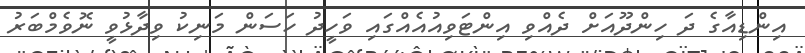
އިންޑިއާގެ ދަ ހިންދޫއަށް ދެއްވި އިންޓަވިއުއެއްގައި ވަހީދު ހަސަން މަނިކު ވިދާޅުވީ ނޮވެމްބަރު